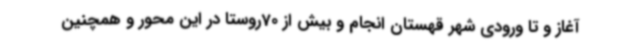
آغاز و تا ورودی شهر قهستان انجام و بیش از 70روستا در این محور و همچنین